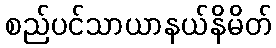
စည်ပင်သာယာနယ်နိမိတ်